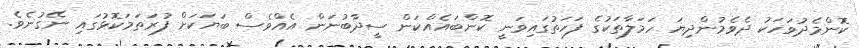
ކޮންމެދުވަހަކު ދެވެމުންދިޔަ ހަމަލާތަކުގެ ފަހަތުގައިވަނީ ކޮންބައެއްކަން ސީދާބުނަން އެއްވެސް ބަޔަކަށް ފުރަތަމަކޮޅުގައި ނޭގުނެވެ.